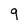
Character: q